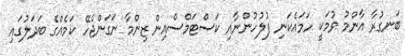
ބަނގުރާ އާންމު ވުމަކީ ހަމައެކަނި ފުލުހުންނާއި ކަސްޓަމްސްއިން ޒިންމާ ނަގަންޖެހޭ ކަމެއްގެ ބަދަލުގައި